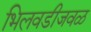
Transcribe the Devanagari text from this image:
भिलवडीजवळ